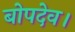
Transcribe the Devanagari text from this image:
बोपदेव।